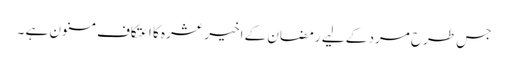
جس طرح مرد کے لیے رمضان کے اخیر عشرہ کا اعتکاف مسنون ہے ۔